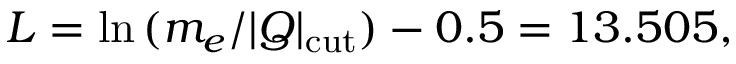
L = \ln { ( m _ { e } / \vert Q \vert _ { \mathrm { c u t } } ) } - 0 . 5 = 1 3 . 5 0 5 ,